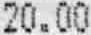
20.00